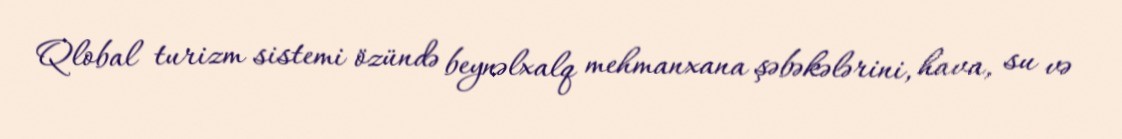
Qlobal turizm sistemi özündə beynəlxalq mehmanxana şəbəkələrini, hava, su və